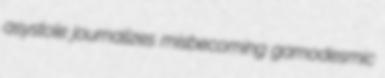
asystole journalizes misbecoming gamodesmic